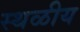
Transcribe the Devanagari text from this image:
स्थळीय